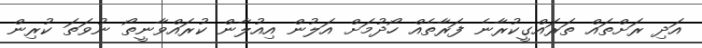
އަދި ރަށްތައް ތަރައްގީކުރާނެ ފަރާތެއް ހޯދުމަށް އަލުން އިއުލާން ކުރައްވާނީތޯ ނުވަތަ ކުރިން